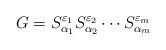
LaTeX: \begin{align*}G=S^{\varepsilon_1}_{\alpha_1}S^{\varepsilon_2}_{\alpha_2}\cdots S^{\varepsilon_m}_{\alpha_m}\end{align*}